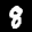
Label: 8